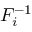
F _ { i } ^ { - 1 }